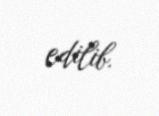
edilib.